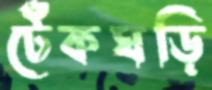
টেঁকঘড়ি